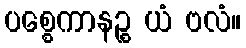
ပစ္စေကာနဉ္စ ယံ ဗလံ။